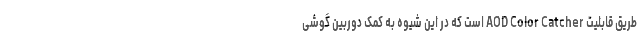
طریق قابلیت AOD Color Catcher است که در این شیوه به کمک دوربین گوشی